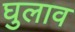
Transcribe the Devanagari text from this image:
घुलाव